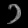
Digit: ၁